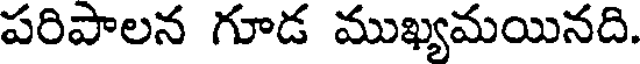
పరిపాలన గూడ ముఖ్యమయినది.